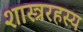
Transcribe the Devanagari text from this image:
शास्त्ररहस्य